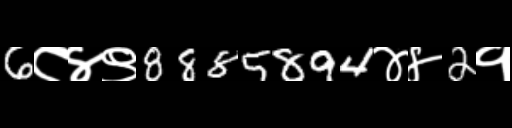
Text: 6८४९8885894४४2१